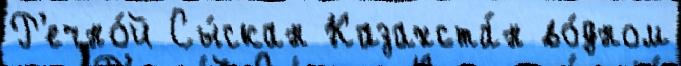
Р'ечно́й Сы́скан Казахста́н во́дном